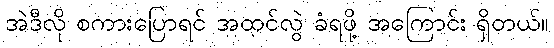
အဲဒီလို စကားပြောရင် အထင်လွဲ ခံရဖို့ အကြောင်း ရှိတယ်။